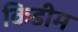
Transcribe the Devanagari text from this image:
किडीम